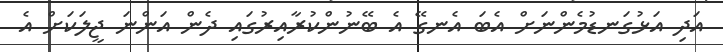
އަދި އަޅުގަނޑުމެންނަށް އެބަ އެނގޭ އެ ބޭނުންކުރާއިރުގައި ދެން އަންނަ ޖީލަކަށް އެ